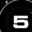
Digit: 5